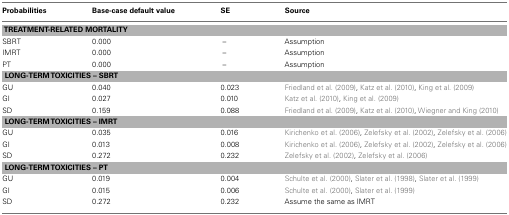
<table><thead><tr><td><b>Probabilities</b></td><td><b>Base-case default value</b></td><td><b>SE</b></td><td><b>Source</b></td></tr></thead><tbody><tr><td colspan="4"><b>TREATMENT-RELATED MORTALITY</b></td></tr><tr><td>SBRT</td><td>0.000</td><td>–</td><td>Assumption</td></tr><tr><td>IMRT</td><td>0.000</td><td>–</td><td>Assumption</td></tr><tr><td>PT</td><td>0.000</td><td>–</td><td>Assumption</td></tr><tr><td colspan="4"><b>LONG-TERM TOXICITIES – SBRT</b></td></tr><tr><td>GU</td><td>0.040</td><td>0.023</td><td>Friedland et al. (2009), Katz et al. (2010), King et al. (2009)</td></tr><tr><td>GI</td><td>0.027</td><td>0.010</td><td>Katz et al. (2010), King et al. (2009)</td></tr><tr><td>SD</td><td>0.159</td><td>0.088</td><td>Friedland et al. (2009), Katz et al. (2010), Wiegner and King (2010)</td></tr><tr><td colspan="4"><b>LONG-TERM TOXICITIES – IMRT</b></td></tr><tr><td>GU</td><td>0.035</td><td>0.016</td><td>Kirichenko et al. (2006), Zelefsky et al. (2002), Zelefsky et al. (2006)</td></tr><tr><td>GI</td><td>0.013</td><td>0.008</td><td>Kirichenko et al. (2006), Zelefsky et al. (2002), Zelefsky et al. (2006)</td></tr><tr><td>SD</td><td>0.272</td><td>0.232</td><td>Zelefsky et al. (2002), Zelefsky et al. (2006)</td></tr><tr><td colspan="4"><b>LONG-TERM TOXICITIES – PT</b></td></tr><tr><td>GU</td><td>0.019</td><td>0.004</td><td>Schulte et al. (2000), Slater et al. (1998), Slater et al. (1999)</td></tr><tr><td>GI</td><td>0.015</td><td>0.006</td><td>Schulte et al. (2000), Slater et al. (1999)</td></tr><tr><td>SD</td><td>0.272</td><td>0.232</td><td>Assume the same as IMRT</td></tr></tbody></table>